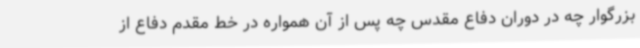
بزرگوار چه در دوران دفاع مقدس چه پس از آن همواره در خط مقدم دفاع از